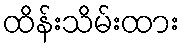
ထိန်းသိမ်းထား